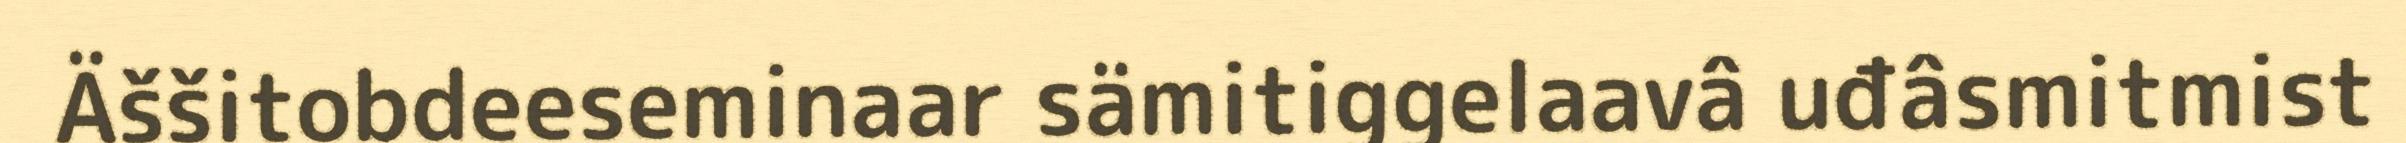
Äššitobdeeseminaar sämitiggelaavâ uđâsmitmist